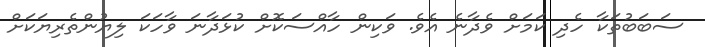
ސަބަބުތަކާ ހެދި ކަމަށް ވެދާނެ އެވެ. ވަކިން ހާއްސަކޮށް ކުޅަދާނަ ވާހަކަ ލިޔުންތެރިޔަކަށް